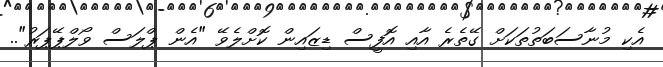
އެކި މުނާސަބަތުތަކަށް ގޭތެރެ އާއި އޮފީސް ޑިޒައިން ކޮށްލެވޭ "އެން ޕްލަސް ވޯލްޕޭޕަރު"..